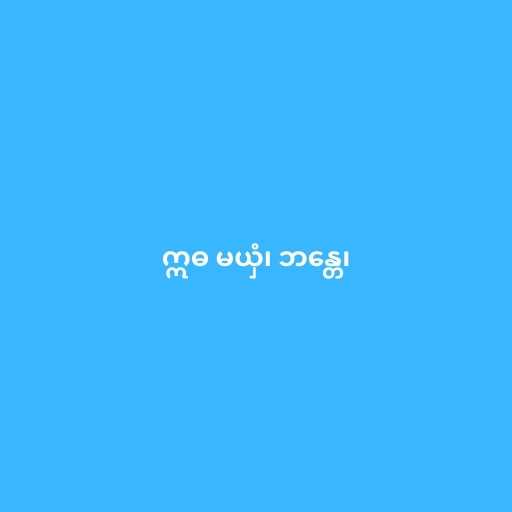
ဣဓ မယှံ၊ ဘန္တေ၊